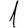
Digit: 1